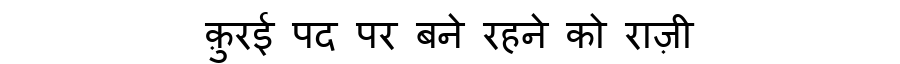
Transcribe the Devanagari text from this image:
क़ुरई पद पर बने रहने को राज़ी